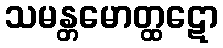
သမန္တမောတ္ထဋော